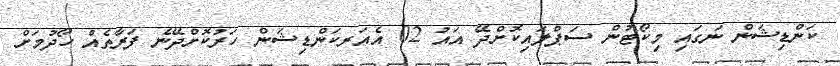
ކަންޑިޝަން ނަގައި މިކޯޓުން ސަޕްލައިކޮށްދޭ އައު 02 އެއަރކަންޑިޝަން ހަރުކޮށްދޭނެ ފަރާތެއް ހޯދުމަށް